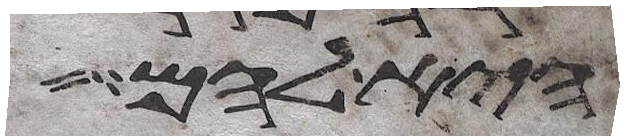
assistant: היא להם